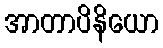
အာတာပိနိယော